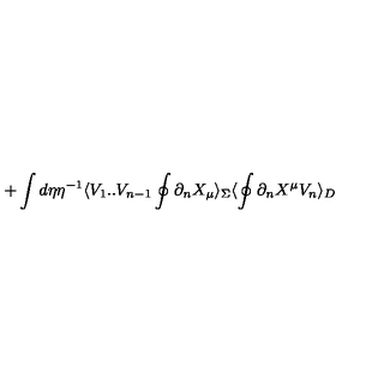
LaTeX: + \int d \eta \eta ^ { - 1 } \langle V _ { 1 } . . V _ { n - 1 } \oint \partial _ { n } X _ { \mu } \rangle _ { \Sigma } \langle \oint \partial _ { n } X ^ { \mu } V _ { n } \rangle _ { D }